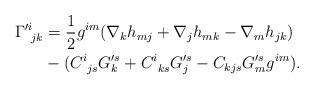
LaTeX: \begin{align*}\Gamma'^i_{~jk}&=\frac{1}{2}g^{im}(\nabla_k h_{mj}+\nabla_jh_{mk}-\nabla_mh_{jk})\\&-(C^i_{~js}G'^s_k+C^i_{~ks}G'^s_j-C_{kjs}G'^s_mg^{im}).\end{align*}